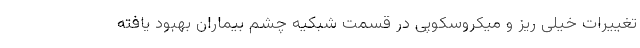
تغییرات خیلی ریز و میکروسکوپی در قسمت شبکیه چشم بیماران بهبود یافته